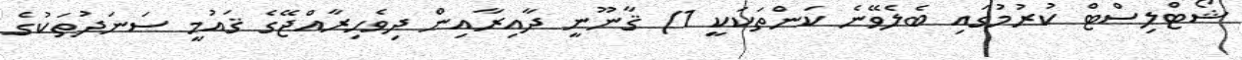
ޝޯޓްލިސްޓް ކުރުމުގައި ބެލެވޭނެ ކަންތަކަކީ 1) ޤާނޫނީ ދާއިރާއިން ދިވެހިރާއްޖޭގެ ޤައުމީ ސަނަދުތަކުގެ